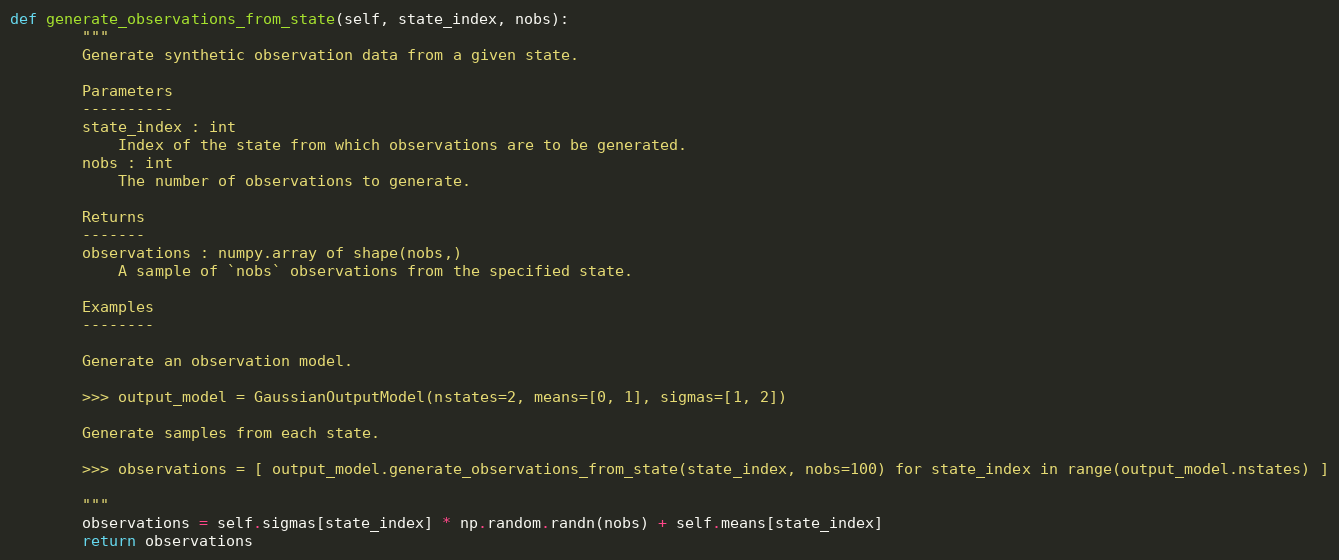
Language: Python
def generate_observations_from_state(self, state_index, nobs):
        """
        Generate synthetic observation data from a given state.

        Parameters
        ----------
        state_index : int
            Index of the state from which observations are to be generated.
        nobs : int
            The number of observations to generate.

        Returns
        -------
        observations : numpy.array of shape(nobs,)
            A sample of `nobs` observations from the specified state.

        Examples
        --------

        Generate an observation model.

        >>> output_model = GaussianOutputModel(nstates=2, means=[0, 1], sigmas=[1, 2])

        Generate samples from each state.

        >>> observations = [ output_model.generate_observations_from_state(state_index, nobs=100) for state_index in range(output_model.nstates) ]

        """
        observations = self.sigmas[state_index] * np.random.randn(nobs) + self.means[state_index]
        return observations